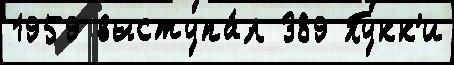
1959 выступа́л 389 Пукк'и